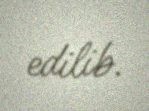
edilib.